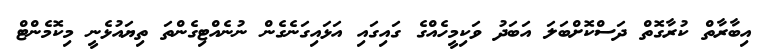
އިބާރާތް ކުރާގޮތް ދަސްކޮށްބަލަ އަބަދު ވަކިމީހެއްގެ ގައިގައި އަޅައިގަނެގެން ނުނެއްޓިގެންތަ ތިޔައުޅެނީ މިކޮމެންޓް